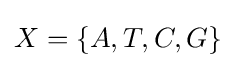
X=\{A,T,C,G\}